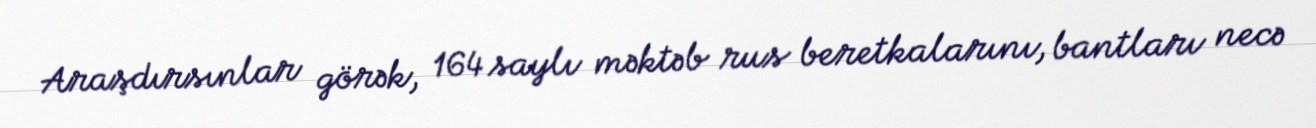
Araşdırsınlar görək, 164 saylı məktəb rus beretkalarını, bantları necə